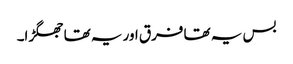
بس یہ تھا فرق اور یہ تھا جھگڑا۔